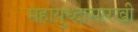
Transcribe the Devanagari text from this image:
महायुध्दासारखी